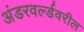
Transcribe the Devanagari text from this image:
अंडरवर्ल्डवरील